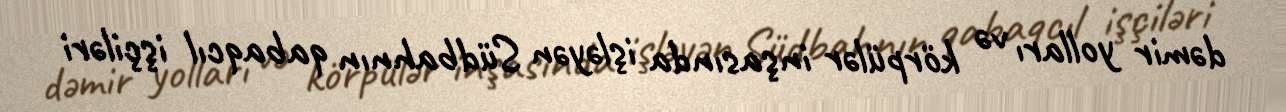
dəmir yolları və körpülər inşasında işləyən Südbahnın qabaqcıl işçiləri